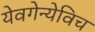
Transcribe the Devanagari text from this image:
येवगेन्येविच